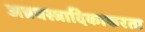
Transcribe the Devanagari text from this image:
अन्नवस्त्रादिकाकरता